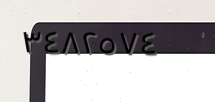
٣٤٨٢٥٧٤